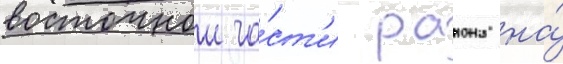
восточнои ча́ст'и раиона на́